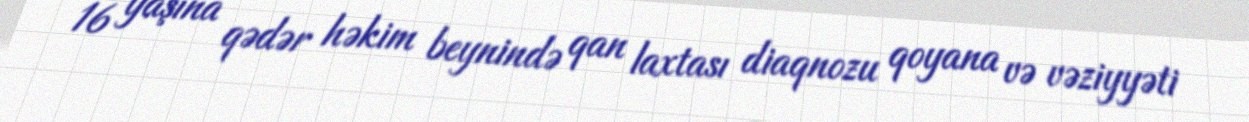
16 yaşına qədər həkim beynində qan laxtası diaqnozu qoyana və vəziyyəti